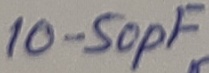
Text: 10-50pF